Source: Handwritten
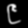
Digit: ၉ (9)